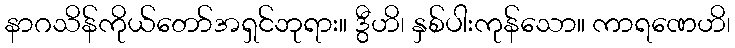
နာဂသိန်ကိုယ်တော်အရှင်ဘုရား။ ဒွီဟိ၊ နှစ်ပါးကုန်သော။ ကာရဏေဟိ၊